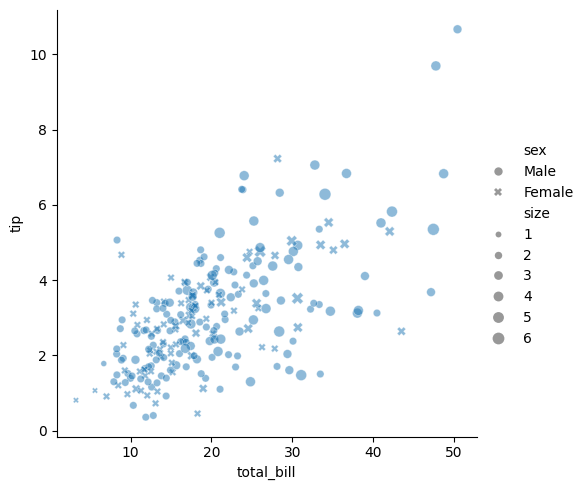
python, seaborn, relplot, alpha=0.5